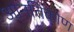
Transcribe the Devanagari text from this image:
आनतिकोण